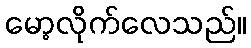
မော့လိုက်လေသည်။